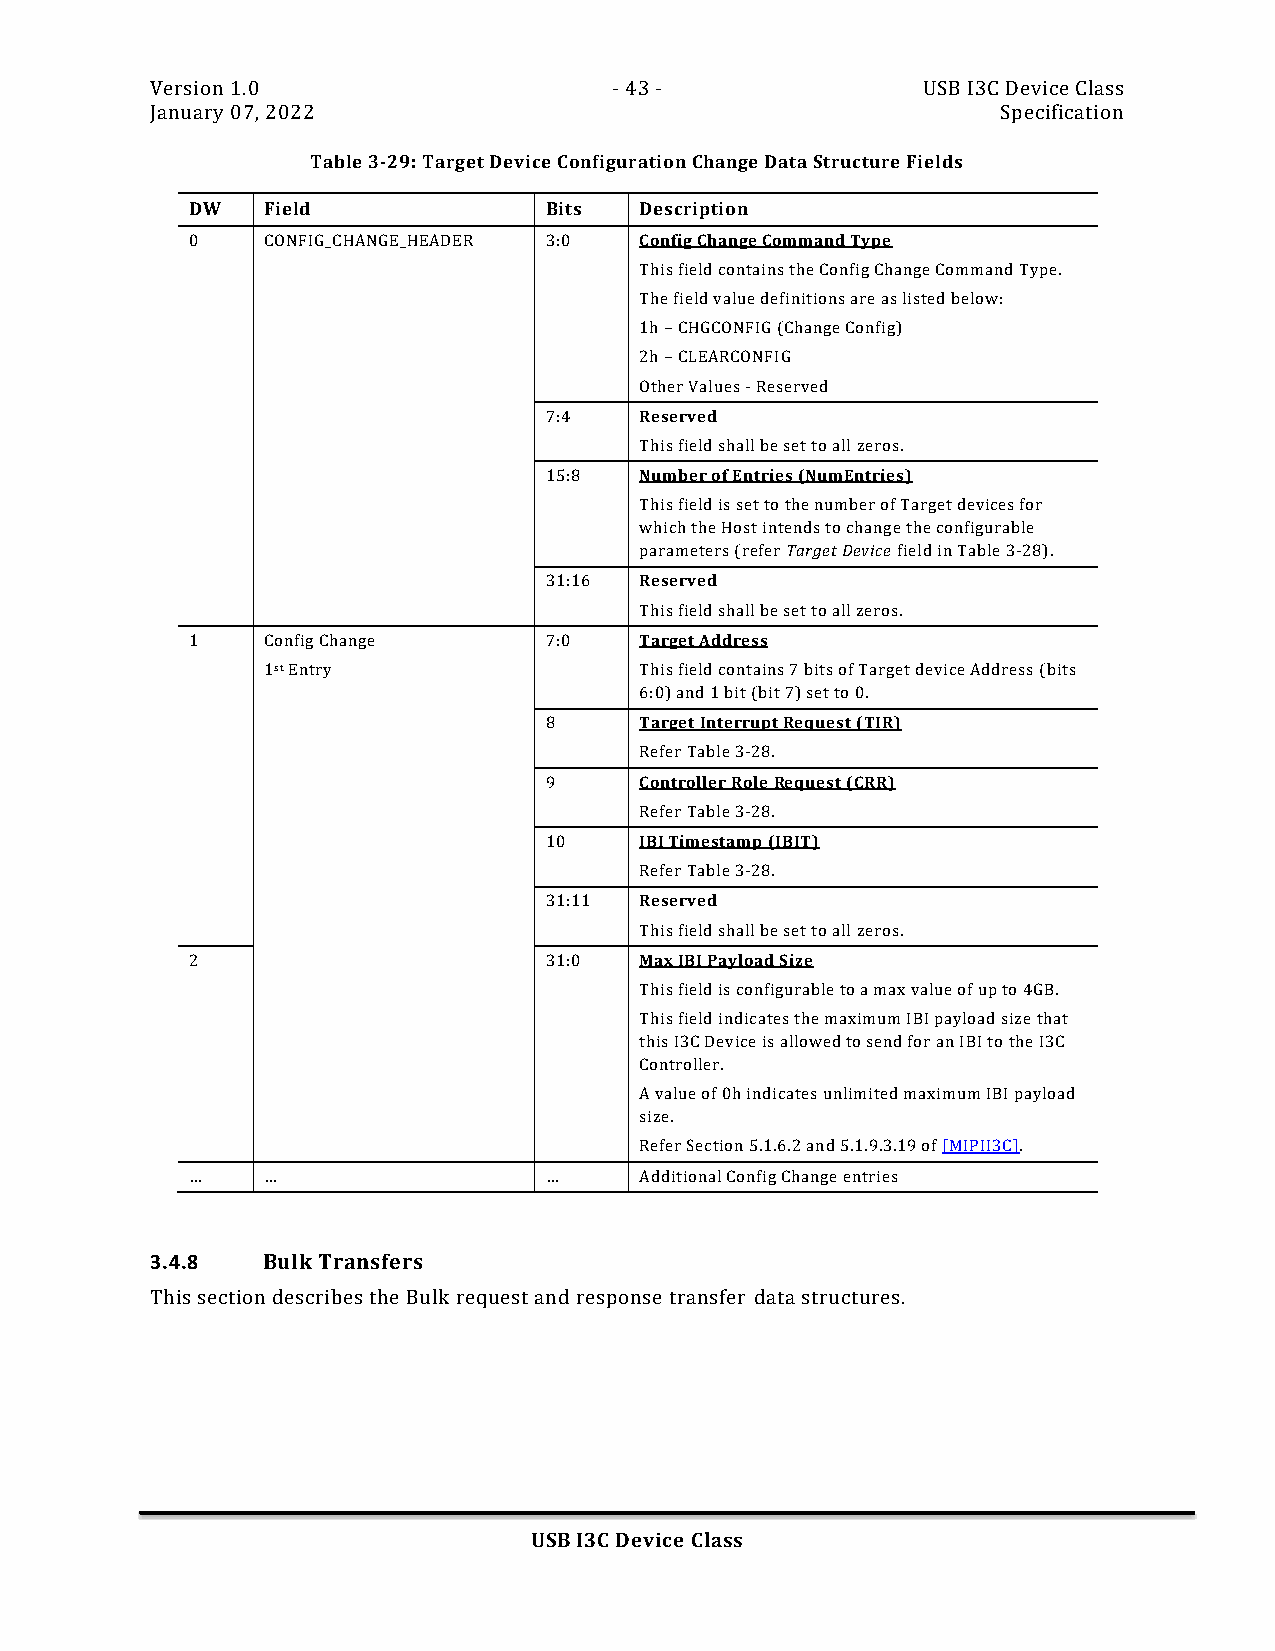
Version 1.0                    - 43 -              USB I3C Device Class
 January 07, 2022                                        Specification
 Table 3-29: Target Device Configuration Change Data Structure Fields
 DW  Field              Bits  Description
 0   CONFIG_CHANGE_HEADER 3:0 Config Change Command Type
 This field contains the Config Change Command Type.
 The field value definitions are as listed below:
 1h – CHGCONFIG (Change Config)
 2h – CLEARCONFIG
 Other Values - Reserved
 7:4   Reserved
 This field shall be set to all zeros.
 15:8  Number of Entries (NumEntries)
 This field is set to the number of Target devices for
 which the Host intends to change the configurable
 parameters (refer Target Device field in Table 3-28).
 31:16 Reserved
 This field shall be set to all zeros.
 1   Config Change      7:0   Target Address
 1st Entry                This field contains 7 bits of Target device Address (bits
 6:0) and 1 bit (bit 7) set to 0.
 8     Target Interrupt Request (TIR)
 Refer Table 3-28.
 9     Controller Role Request (CRR)
 Refer Table 3-28.
 10    IBI Timestamp (IBIT)
 Refer Table 3-28.
 31:11 Reserved
 This field shall be set to all zeros.
 2                      31:0  Max IBI Payload Size
 This field is configurable to a max value of up to 4GB.
 This field indicates the maximum IBI payload size that
 this I3C Device is allowed to send for an IBI to the I3C
 Controller.
 A value of 0h indicates unlimited maximum IBI payload
 size.
 Refer Section 5.1.6.2 and 5.1.9.3.19 of [MIPII3C].
 …   …                  …     Additional Config Change entries
 3.4.8  Bulk Transfers
 This section describes the Bulk request and response transfer data structures.
 USB I3C Device Class